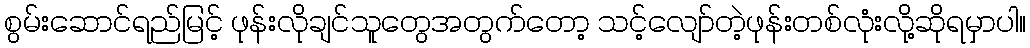
စွမ်းဆောင်ရည်မြင့် ဖုန်းလိုချင်သူတွေအတွက်တော့ သင့်လျော်တဲ့ဖုန်းတစ်လုံးလို့ဆိုရမှာပါ။